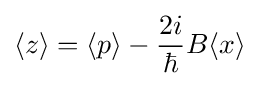
\langle z\rangle =\langle p\rangle -{\frac {2i}{\hbar }}B\langle x\rangle